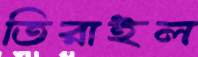
তিরাইল